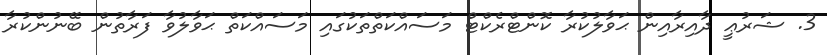
3. ޝަރުޢީ ދާއިރާއިން ޙަވާލުކުރާ ކޮންޓްރެކްޓް މަސައްކަތްތަކުގައި މަސައްކަތް ޙަވާލުވާ ފަރާތުން ބޭނުންކުރާ